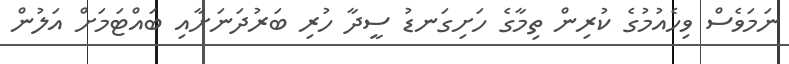
ނަމަވެސް ވިހެއުމުގެ ކުރިން ތިމާގެ ހަށިގަނޑު ސީދާ ހުރި ބަރުދަނަށާއި ބައްޓަމަށް އަލުން